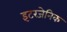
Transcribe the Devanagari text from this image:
इंटरजेनिक